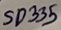
Text: SD335